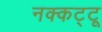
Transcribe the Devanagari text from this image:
नक्कट्टू